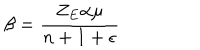
LaTeX: \beta = \frac { Z _ { E } \alpha \mu } { n + 1 + \epsilon }